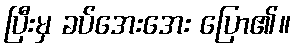
ပြီးမှ ခပ်အေးအေး ပြော၏။